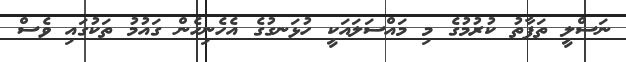
ނަސްލީ ތަފާތު ކުރުމުގެ މި މައްސަލައަކީ ހުޅަނގުގެ އެހެނިހެން ގައުމު ތަކުގައި ވެސް